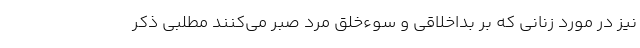
نیز در مورد زنانی که بر بداخلاقی و سوءخلق مرد صبر می‌کنند مطلبی ذکر